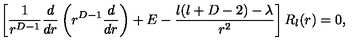
\left[ \frac { 1 } { r ^ { D - 1 } } \frac { d } { d r } \left( r ^ { D - 1 } \frac { d } { d r } \right) + E - \frac { l ( l + D - 2 ) - \lambda } { r ^ { 2 } } \right] R _ { l } ( r ) = 0 ,